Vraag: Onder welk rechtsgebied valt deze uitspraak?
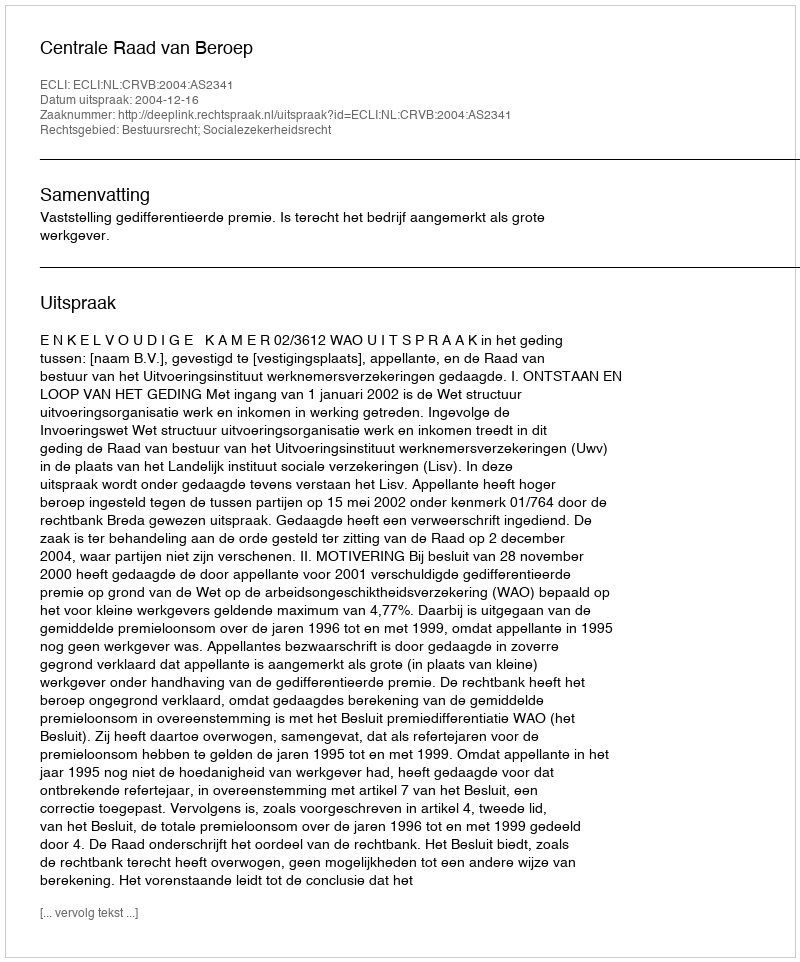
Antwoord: Bestuursrecht; Socialezekerheidsrecht